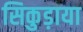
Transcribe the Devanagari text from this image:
सिकुड़ाया